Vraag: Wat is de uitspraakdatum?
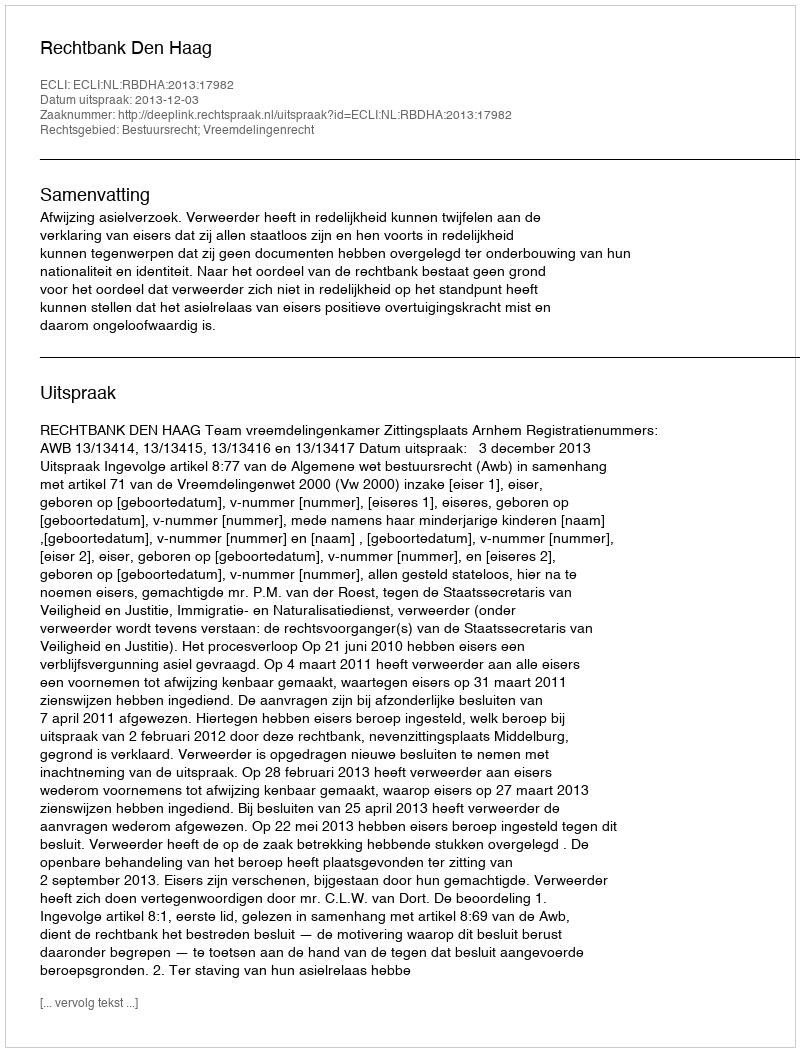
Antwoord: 2013-12-03